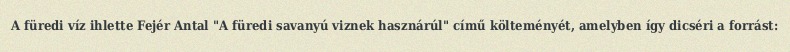
A füredi víz ihlette Fejér Antal "A füredi savanyú viznek hasznárúl" című költeményét, amelyben így dicséri a forrást: